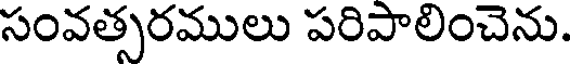
సంవత్సరములు పరిపాలించెను.